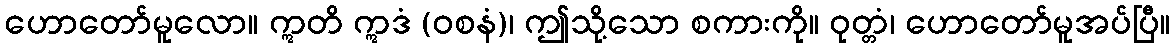
ဟောတော်မူလော။ ဣတိ ဣဒံ (ဝစနံ)၊ ဤသို့သော စကားကို။ ဝုတ္တံ၊ ဟောတော်မူအပ်ပြီ။